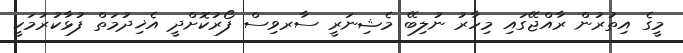
މީގެ އިތުރުން ރާއްޖޭގައި މިހާރު ނުލިބޭ މެޝިނަރީ ސާރވިސް ފޯރުކޮށްދީ އެޚިދުމަތް ފުޅާކުރުމަކީ